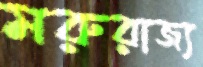
মরুরাজ্য